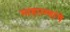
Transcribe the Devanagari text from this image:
माहात्म्यांचे